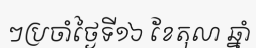
ៗប្រចាំថ្ងៃទី១៦ ខែតុលា ឆ្នាំ